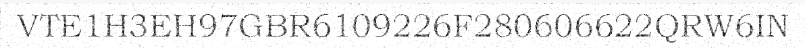
VTE1H3EH97GBR6109226F280606622QRW6IN